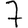
Digit: 7